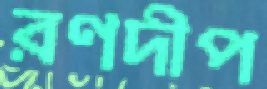
রণদীপ